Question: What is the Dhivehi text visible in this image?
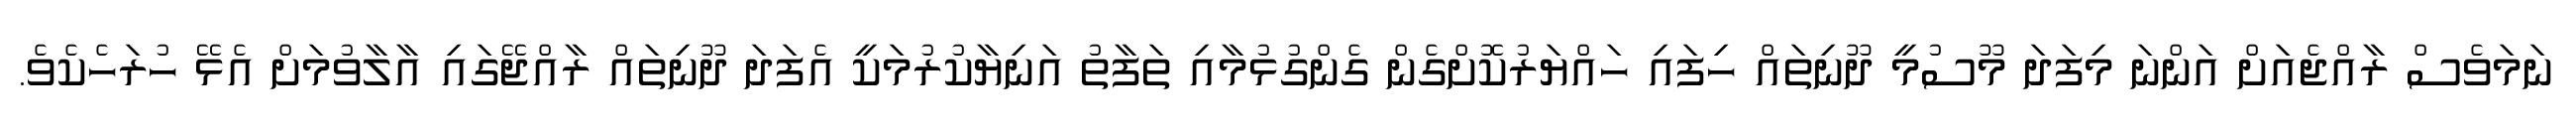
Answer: ނަމަވެސް ރާއްޖެއަށް އަންނަ މިފަދަ މޫސުމީ ދޫނިތައް ހިފައި ހައްޔަރުކޮށްގެން ގެންގުޅުމާއި ތަފާތު އަނިޔާކުރުމަކީ އެފަދަ ދޫނިތައް ރާއްޖޭގައި އާލާވުމަށް އެޅޭ ހުރަހެކެވެ.